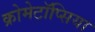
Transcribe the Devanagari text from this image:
क्रोमेटॉप्सिया